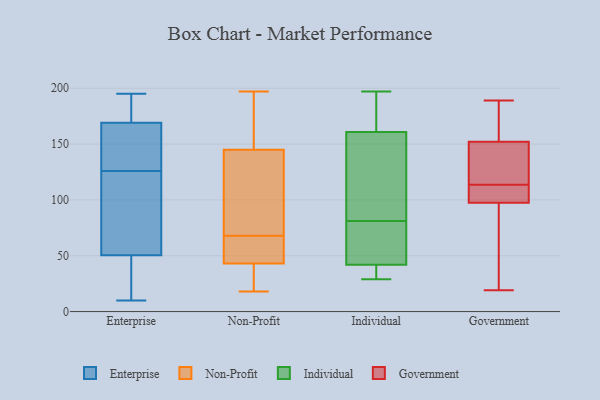
{"axis": {"x": "Customer Acquisition Cost (USD)", "y": "Value"}, "legend": ["Enterprise", "Government", "Individual", "Non-Profit"], "data": [{"x": "", "y": 41, "type": "Enterprise"}, {"x": "", "y": 32, "type": "Enterprise"}, {"x": "", "y": 183, "type": "Enterprise"}, {"x": "", "y": 149, "type": "Enterprise"}, {"x": "", "y": 79, "type": "Enterprise"}, {"x": "", "y": 126, "type": "Enterprise"}, {"x": "", "y": 126, "type": "Enterprise"}, {"x": "", "y": 10, "type": "Enterprise"}, {"x": "", "y": 163, "type": "Enterprise"}, {"x": "", "y": 195, "type": "Enterprise"}, {"x": "", "y": 130, "type": "Enterprise"}, {"x": "", "y": 91, "type": "Enterprise"}, {"x": "", "y": 25, "type": "Enterprise"}, {"x": "", "y": 175, "type": "Enterprise"}, {"x": "", "y": 171, "type": "Enterprise"}, {"x": "", "y": 43, "type": "Non-Profit"}, {"x": "", "y": 21, "type": "Non-Profit"}, {"x": "", "y": 50, "type": "Non-Profit"}, {"x": "", "y": 197, "type": "Non-Profit"}, {"x": "", "y": 25, "type": "Non-Profit"}, {"x": "", "y": 54, "type": "Non-Profit"}, {"x": "", "y": 115, "type": "Non-Profit"}, {"x": "", "y": 181, "type": "Non-Profit"}, {"x": "", "y": 145, "type": "Non-Profit"}, {"x": "", "y": 57, "type": "Non-Profit"}, {"x": "", "y": 60, "type": "Non-Profit"}, {"x": "", "y": 40, "type": "Non-Profit"}, {"x": "", "y": 173, "type": "Non-Profit"}, {"x": "", "y": 18, "type": "Non-Profit"}, {"x": "", "y": 89, "type": "Non-Profit"}, {"x": "", "y": 175, "type": "Non-Profit"}, {"x": "", "y": 76, "type": "Non-Profit"}, {"x": "", "y": 125, "type": "Non-Profit"}, {"x": "", "y": 29, "type": "Individual"}, {"x": "", "y": 193, "type": "Individual"}, {"x": "", "y": 62, "type": "Individual"}, {"x": "", "y": 103, "type": "Individual"}, {"x": "", "y": 41, "type": "Individual"}, {"x": "", "y": 197, "type": "Individual"}, {"x": "", "y": 154, "type": "Individual"}, {"x": "", "y": 39, "type": "Individual"}, {"x": "", "y": 189, "type": "Individual"}, {"x": "", "y": 77, "type": "Individual"}, {"x": "", "y": 98, "type": "Individual"}, {"x": "", "y": 45, "type": "Individual"}, {"x": "", "y": 81, "type": "Individual"}, {"x": "", "y": 163, "type": "Individual"}, {"x": "", "y": 35, "type": "Individual"}, {"x": "", "y": 19, "type": "Government"}, {"x": "", "y": 104, "type": "Government"}, {"x": "", "y": 173, "type": "Government"}, {"x": "", "y": 146, "type": "Government"}, {"x": "", "y": 96, "type": "Government"}, {"x": "", "y": 124, "type": "Government"}, {"x": "", "y": 30, "type": "Government"}, {"x": "", "y": 158, "type": "Government"}, {"x": "", "y": 99, "type": "Government"}, {"x": "", "y": 104, "type": "Government"}, {"x": "", "y": 109, "type": "Government"}, {"x": "", "y": 118, "type": "Government"}, {"x": "", "y": 159, "type": "Government"}, {"x": "", "y": 120, "type": "Government"}, {"x": "", "y": 76, "type": "Government"}, {"x": "", "y": 189, "type": "Government"}]}